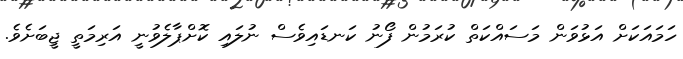
ހަމައަކަށް އަޅުވަން މަސައްކަތް ކުރަމުން ފޯނު ކަނޑައިވެސް ނުލައި ކޮށްޕާލެވުނީ އަރިމަތީ ޖީބަށެވެ.